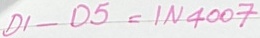
Text: D1-D5=IN4007